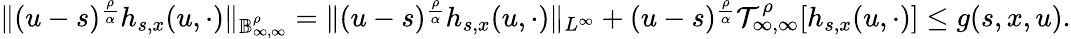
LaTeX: \begin{array}{r}{\Vert(u-s)^{\frac{\rho}{\alpha}}h_{s,x}(u,\cdot)\Vert_{\mathbb{B}_{\infty,\infty}^{\rho}}=\Vert(u-s)^{\frac{\rho}{\alpha}}h_{s,x}(u,\cdot)\Vert_{L^{\infty}}+(u-s)^{\frac{\rho}{\alpha}}\mathcal{T}_{\infty,\infty}^{\rho}[h_{s,x}(u,\cdot)]\leq g(s,x,u).}\end{array}